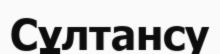
Сұлтансу